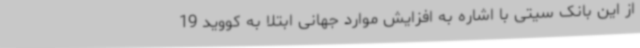
از این بانک سیتی با اشاره به افزایش موارد جهانی ابتلا به کووید 19